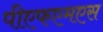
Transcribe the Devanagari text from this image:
पीएफएमएस